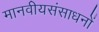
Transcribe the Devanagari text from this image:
मानवीयसंसाधनों